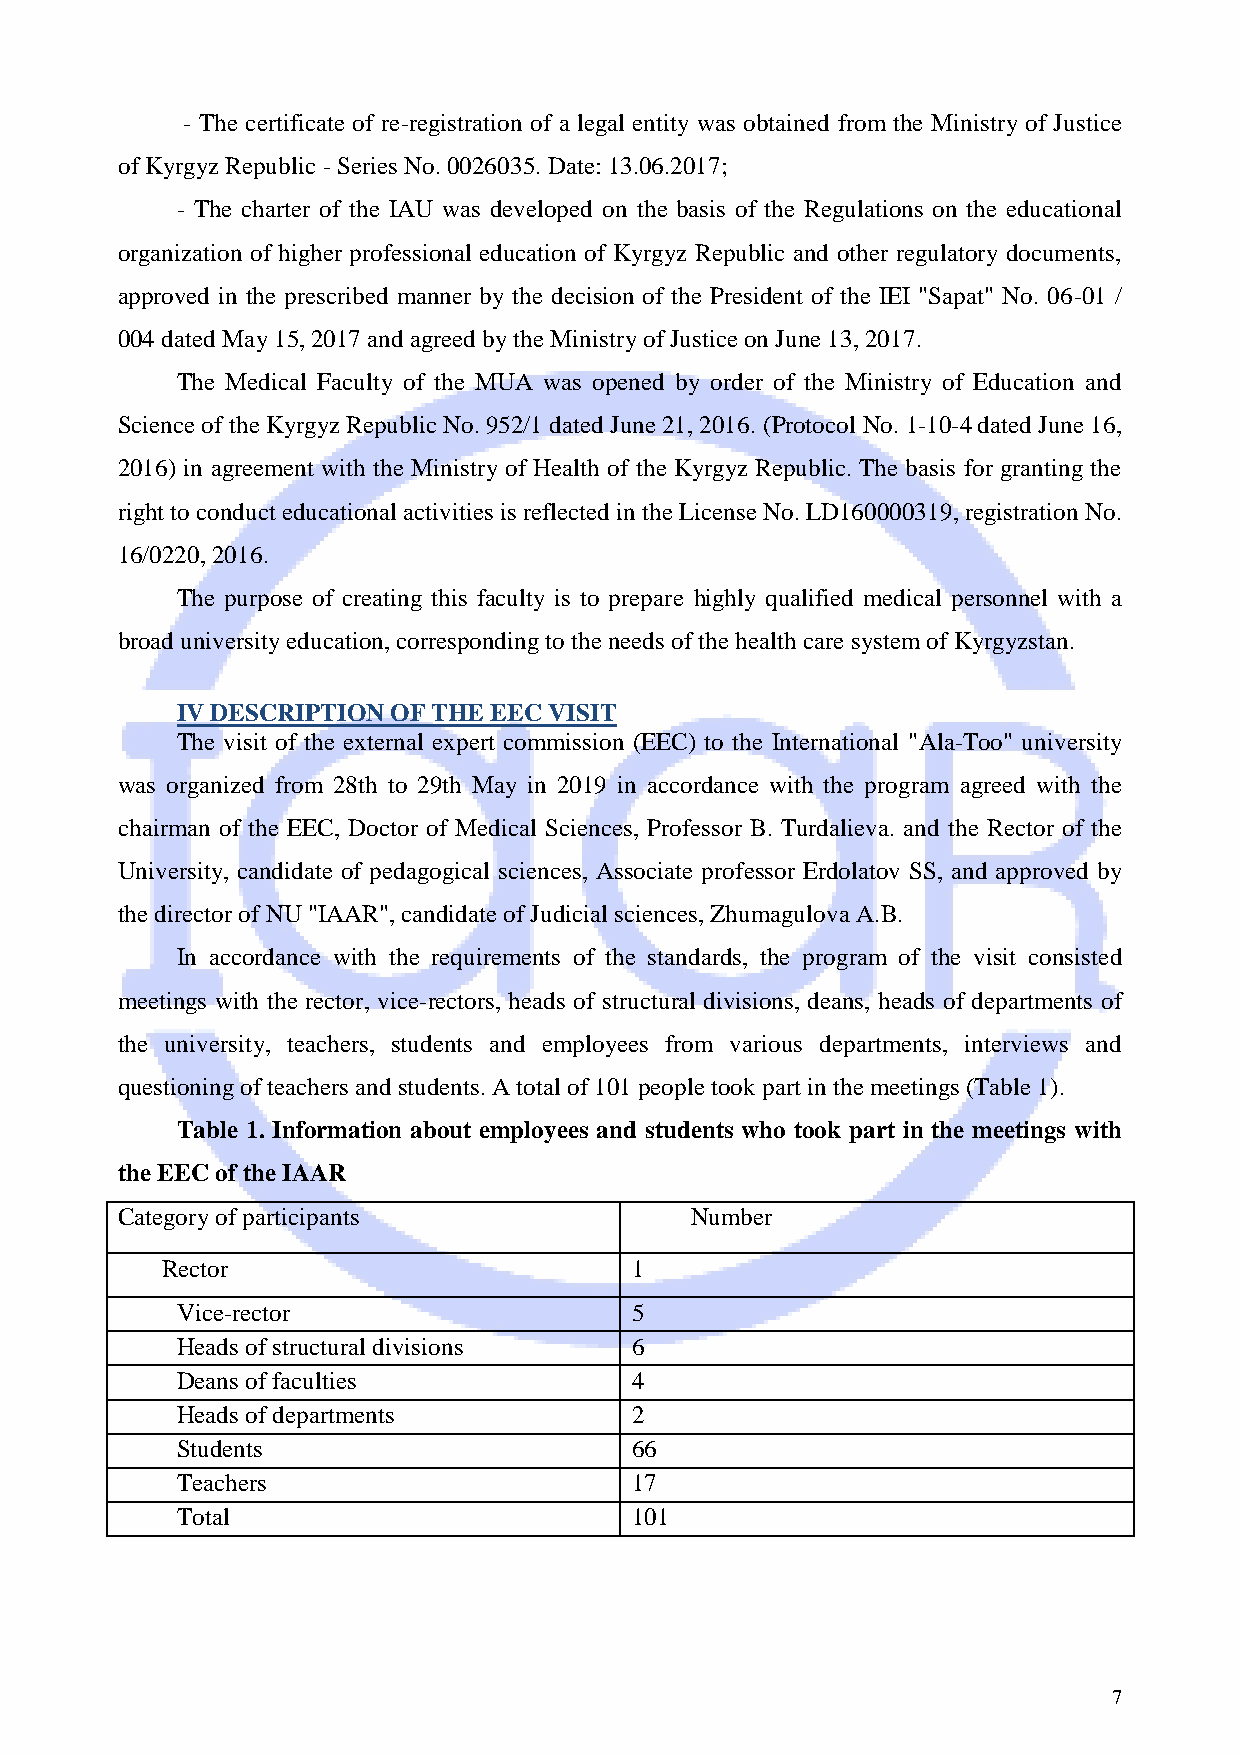
- The certificate of re-registration of a legal entity was obtained from the Ministry of Justice
 of Kyrgyz Republic - Series No. 0026035. Date: 13.06.2017;
 - The charter of the IAU was developed on the basis of the Regulations on the educational
 organization of higher professional education of Kyrgyz Republic and other regulatory documents,
 approved in the prescribed manner by the decision of the President of the IEI "Sapat" No. 06-01 /
 004 dated May 15, 2017 and agreed by the Ministry of Justice on June 13, 2017.
 The Medical Faculty of the MUA was opened by order of the Ministry of Education and
 Science of the Kyrgyz Republic No. 952/1 dated June 21, 2016. (Protocol No. 1-10-4 dated June 16,
 2016) in agreement with the Ministry of Health of the Kyrgyz Republic. The basis for granting the
 right to conduct educational activities is reflected in the License No. LD160000319, registration No.
 16/0220, 2016.
 The purpose of creating this faculty is to prepare highly qualified medical personnel with a
 broad university education, corresponding to the needs of the health care system of Kyrgyzstan.
 IV DESCRIPTION OF THE EEC VISIT
 The visit of the external expert commission (EEC) to the International "Ala-Too" university
 was organized from 28th to 29th May in 2019 in accordance with the program agreed with the
 chairman of the EEC, Doctor of Medical Sciences, Professor B. Turdalieva. and the Rector of the
 University, candidate of pedagogical sciences, Associate professor Erdolatov SS, and approved by
 the director of NU "IAAR", candidate of Judicial sciences, Zhumagulova A.B.
 In accordance with the requirements of the standards, the program of the visit consisted
 meetings with the rector, vice-rectors, heads of structural divisions, deans, heads of departments of
 the university, teachers, students and employees from various departments, interviews and
 questioning of teachers and students. A total of 101 people took part in the meetings (Table 1).
 Table 1. Information about employees and students who took part in the meetings with
 the EEC of the IAAR
 Category of participants              Number
 Rector                         1
 Vice-rector                   5
 Heads of structural divisions 6
 Deans of faculties            4
 Heads of departments          2
 Students                      66
 Teachers                      17
 Total                         101
 7